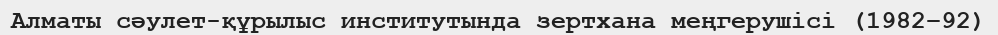
Алматы сәулет-құрылыс институтында зертхана меңгерушісі (1982–92)